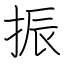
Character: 振